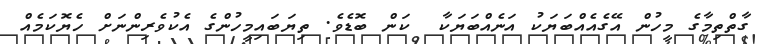
ގާތްތިމާގެ މީހުން އޭގެއެއްބަޔަކު އަނެއްބަޔަކާ  ކަން ބޮޑެވެ. ތިޔަބައިމީހުންގެ އެކުވެރިންނަށް ހެޔޮކަމެއް